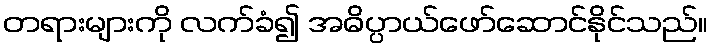
တရားများကို လက်ခံ၍ အဓိပ္ပာယ်ဖော်ဆောင်နိုင်သည်။